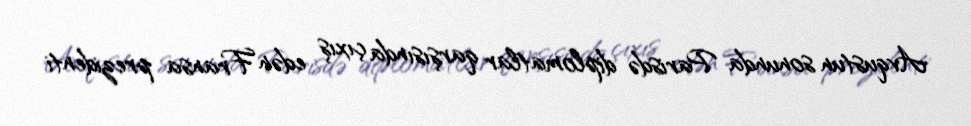
Avqustun sonunda Parisdə diplomatlar qarşısında çıxış edən Fransa prezidenti